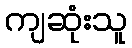
ကျဆုံးသူ